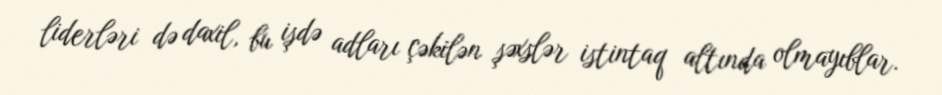
liderləri də daxil, bu işdə adları çəkilən şəxslər istintaq altında olmayıblar.